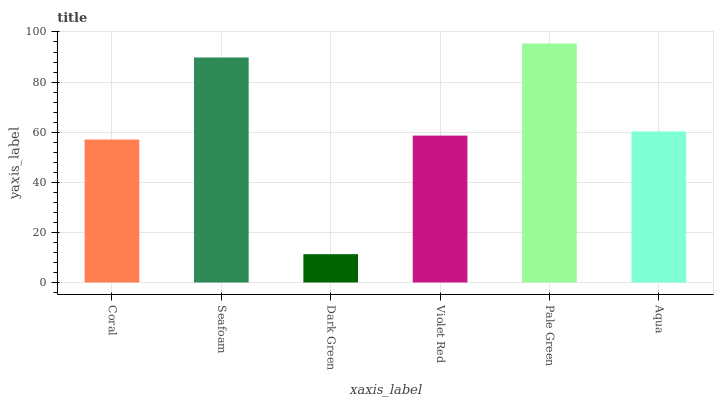
| xaxis_label | bars |
 | --- | --- |
 | Coral | 57 |
 | Seafoam | 89.8 |
 | Dark Green | 11.3 |
 | Violet Red | 58.6 |
 | Pale Green | 95.4 |
 | Aqua | 60.3 |